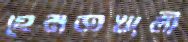
হেমতখালী